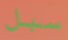
سبل